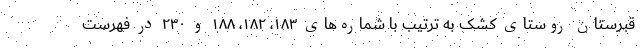
قبرستان روستای کشک به ترتیب با شماره‌های ۱۸۳، ۱۸۲، ۱۸۸ و ۲۳۰ در فهرست